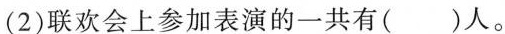
(2)联欢会上参加表演的一共有( )人。